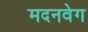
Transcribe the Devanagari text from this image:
मदनवेग